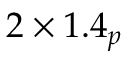
2 \times 1 . 4 _ { p }